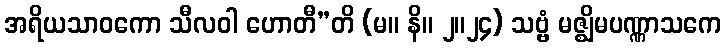
အရိယသာဝကော သီလဝါ ဟောတီ”တိ (မ။ နိ။ ၂။၂၄) သဗ္ဗံ မဇ္ဈိမပဏ္ဏာသကေ